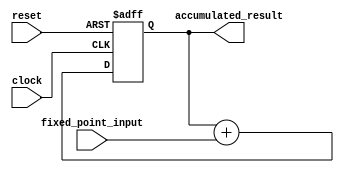
module fixed_point_accumulator (
    input wire [15:0] fixed_point_input,
    input wire clock,
    input wire reset,
    output reg [31:0] accumulated_result
);

reg [31:0] accumulator_reg;

always @ (posedge clock or posedge reset) begin
    if (reset) begin
        accumulator_reg <= 0;
    end else begin
        accumulator_reg <= accumulator_reg + $signed({16'b0, fixed_point_input});
    end
end

assign accumulated_result = accumulator_reg;

endmodule